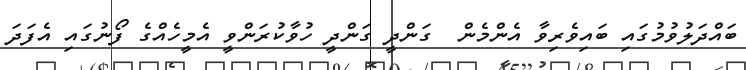
ބައްދަލުވުމުގައި ބައިވެރިވާ އެންމެން  ގަންދީ ގަންދީ ހުވާކުރަންވީ އެމީހެއްގެ ފޯނުގައި އެފަދަ